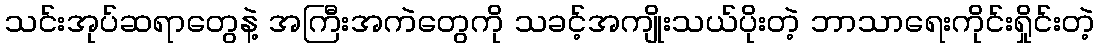
သင်းအုပ်ဆရာတွေနဲ့ အကြီးအကဲတွေကို သခင့်အကျိုးသယ်ပိုးတဲ့ ဘာသာရေးကိုင်းရှိုင်းတဲ့